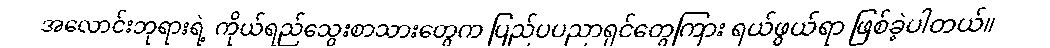
အလောင်းဘုရားရဲ့ ကိုယ်ရည်သွေးစာသားတွေက ပြည်ပပညာရှင်တွေကြား ရယ်ဖွယ်ရာ ဖြစ်ခဲ့ပါတယ်။